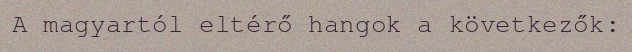
A magyartól eltérő hangok a következők: